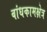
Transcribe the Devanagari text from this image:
बांधकामक्षेत्र